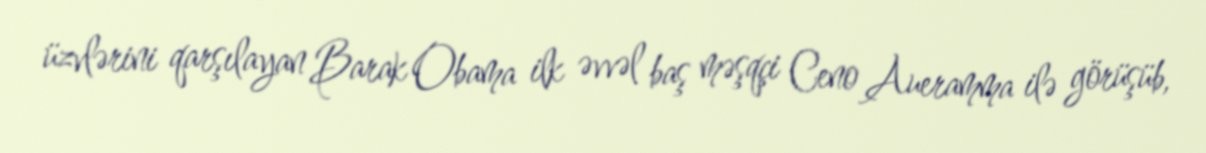
üzvlərini qarşılayan Barak Obama ilk əvvəl baş məşqçi Ceno Aueramma ilə görüşüb,